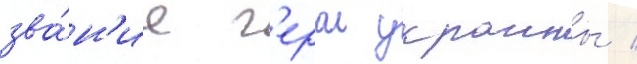
зва́н'ие г'ерои украины /